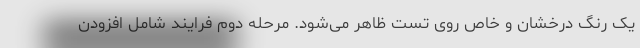
یک رنگ درخشان و خاص روی تست ظاهر می‌شود. مرحله دوم فرایند شامل افزودن